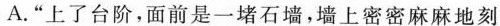
A.”上了台阶，面前是一堵石墙，墙上密密麻麻地刻